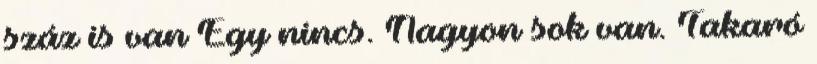
száz is van Egy nincs. Nagyon sok van. Takaró